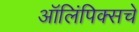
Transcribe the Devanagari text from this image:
ऑलिंपिक्सचे